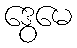
ဒွေမေ